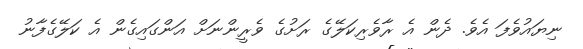
ނިޔައުވެފަ އެވެ. ދެން އެ ރާވެރިކަލޭގެ ރަށުގެ ވެރީންނަށް އަންގައިގެން އެ ކަލޭގެފާނު